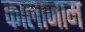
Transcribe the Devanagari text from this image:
कालाजाम